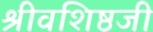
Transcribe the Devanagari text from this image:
श्रीवशिष्ठजी